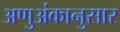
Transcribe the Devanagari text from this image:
अणुअंकानुसार